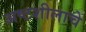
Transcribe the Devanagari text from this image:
अष्टशीलाचे